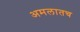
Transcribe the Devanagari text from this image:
अमलातच